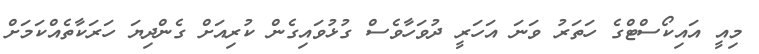
މިއީ އައިކޯސްޓްގެ ހަތަރު ވަނަ އަހަރީ ދުވަހާވެސް ގުޅުވައިގެން ކުރިއަށް ގެންދިޔަ ހަރަކާތެއްކަމަށް